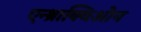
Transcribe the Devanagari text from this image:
एन्थ्राक्विओन